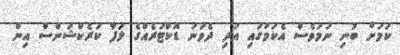
ކަމަށް ބުނި ނަމަވެސް އެކަމުގައި އަދި ދެވަނަ ޑޮކްޓަރެއްގެ ލަފާ ކަރެކްޝަންސް އިން